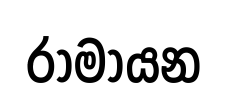
රාමායන